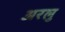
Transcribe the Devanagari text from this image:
अरलु